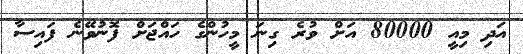
އަދި މިއީ 80000 އަށް ވުރެ ގިނަ މީހުންގެ ހައްޖަށް ފޮނުވޭނެ ފައިސާ